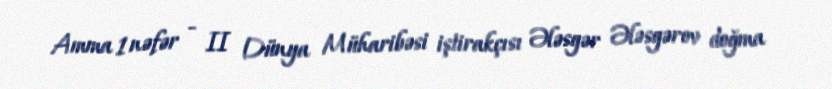
Amma 1 nəfər - II Dünya Müharibəsi iştirakçısı Ələsgər Ələsgərov doğma